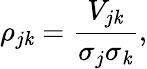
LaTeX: \rho_{j\mathit{k}}={\frac{{V_{j\mathit{k}}}}{{\sigma_{j}\sigma_{\mathit{k}}}}},